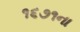
૧૬૭૧ના